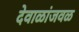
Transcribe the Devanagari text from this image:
देवाळांजवळ